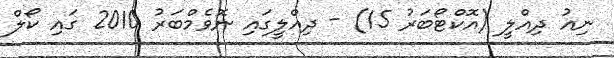
ނިއު ދިއްލީ (އޮކްޓޯބަރު 15) - ދިއްލީގައި ނޮވެމްބަރު 2010 ގައި ކޯލް